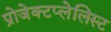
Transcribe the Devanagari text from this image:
प्रोजेक्टप्लेलिस्ट